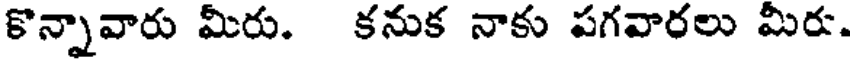
కొన్నావారు మీరు. కనుక నాకు పగవారలు మీరు.